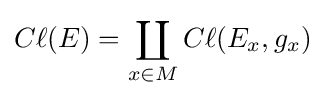
C\ell (E)=\coprod _{x\in M}C\ell (E_{x},g_{x})